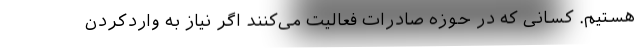
هستیم. کسانی که در حوزه صادرات فعالیت می‌کنند اگر نیاز به واردکردن